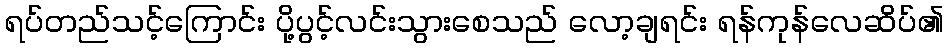
ရပ်တည်သင့်ကြောင်း ပို့ပွင့်လင်းသွားစေသည် လော့ချရင်း ရန်ကုန်လေဆိပ်၏